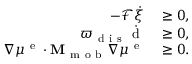
\begin{array} { r l } { - \mathcal { F } \dot { \xi } } & { { } \ge 0 , } \\ { \varpi _ { \mathrm { ~ d ~ i ~ s ~ } } \dot { \mathrm { ~ d ~ } } } & { { } \ge 0 , } \\ { \nabla \mu ^ { \mathrm { ~ e ~ } } \cdot { \bf M } _ { \mathrm { ~ m ~ o ~ b ~ } } \nabla \mu ^ { \mathrm { ~ e ~ } } } & { { } \ge 0 . } \end{array}